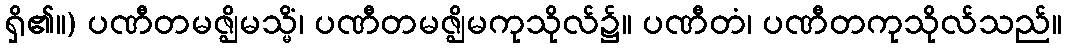
ရှိ၏။) ပဏီတမဇ္ဈိမသ္မိံ၊ ပဏီတမဇ္ဈိမကုသိုလ်၌။ ပဏီတံ၊ ပဏီတကုသိုလ်သည်။